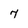
Character: 7